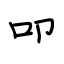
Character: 叩